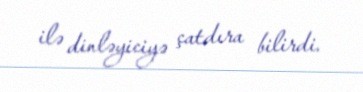
ilə dinləyiciyə çatdıra bilirdi.